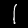
Label: 1